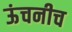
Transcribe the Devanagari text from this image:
ऊंचनीच